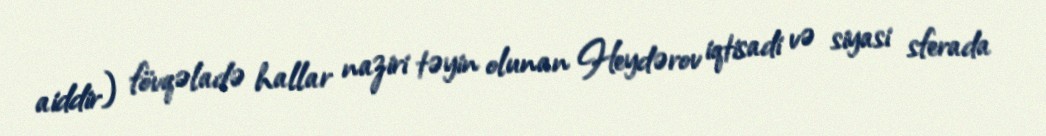
aiddir) fövqəladə hallar naziri təyin olunan Heydərov iqtisadi və siyasi sferada